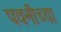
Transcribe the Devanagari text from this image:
पवनीच्या